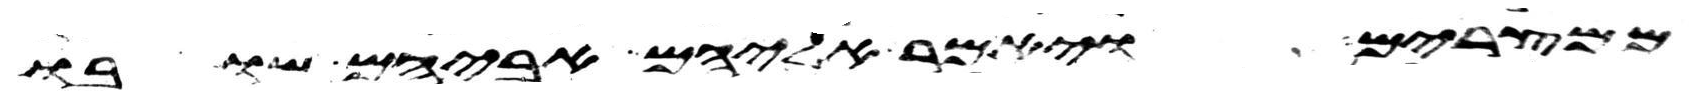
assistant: ממצרים ויאמר אליהם אביהם שובו